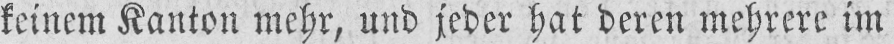
keinem Kanton mehr, und jeder hat deren mehrere im